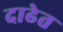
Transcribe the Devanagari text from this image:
दाढेत